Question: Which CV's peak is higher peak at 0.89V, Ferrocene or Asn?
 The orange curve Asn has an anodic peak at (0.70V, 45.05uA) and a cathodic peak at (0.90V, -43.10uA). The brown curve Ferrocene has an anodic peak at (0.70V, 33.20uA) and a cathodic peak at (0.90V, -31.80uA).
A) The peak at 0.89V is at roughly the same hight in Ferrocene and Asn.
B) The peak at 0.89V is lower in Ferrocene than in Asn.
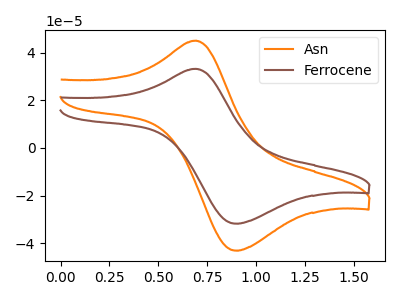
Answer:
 <answer>B) The peak at 0.89V is lower in "Ferrocene" than in "Asn".</answer>
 <eval>B</eval>